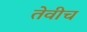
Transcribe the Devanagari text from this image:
तेवीच